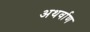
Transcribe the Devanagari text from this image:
अथर्वाण